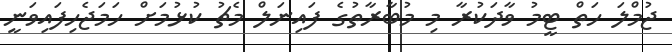
ޖުމްލަ ހަތް ޓީމު ވާދަކުރާ މި މުބާރާތުގެ ފައިނަލް މެޗު ކުޅުމަށް ހަމަޖެހިފައިވަނީ